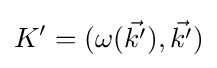
K'=(\omega ({\vec {k'}}),{\vec {k'}})